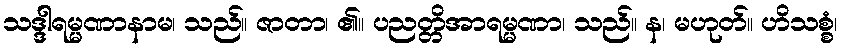
သဒ္ဒါရမ္မဏာနာမ၊ သည်။ ဇာတာ၊ ၏။ ပညတ္တိအာရမ္မဏာ၊ သည်။ န၊ မဟုတ်။ ဟိသစ္စံ၊